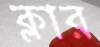
ক্লার